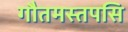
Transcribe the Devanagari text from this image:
गौतमस्तपसि